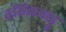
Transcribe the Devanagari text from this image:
तमिलनाड़ू